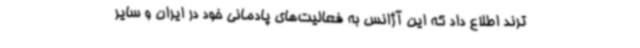
ترند اطلاع داد که این آژانس به فعالیت‌های پادمانی خود در ایران و سایر